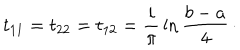
t _ { 1 1 } = t _ { 2 2 } = t _ { 1 2 } = { \frac { i } { \pi } } \ln { \frac { b - a } { 4 } } \, \cdotp